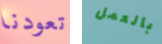
تعودنا بالعمل